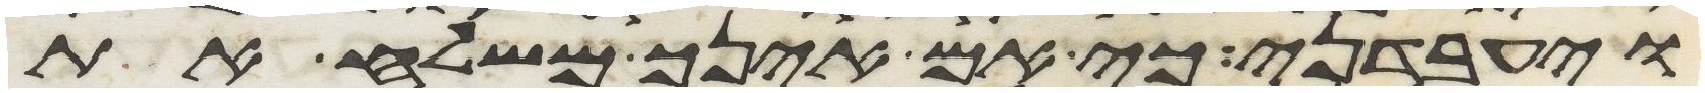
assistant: ויעבדני כי אם אינך משלח את